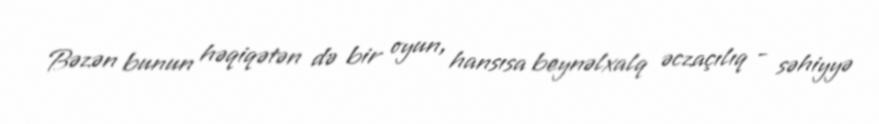
Bəzən bunun həqiqətən də bir oyun, hansısa beynəlxalq əczaçılıq - səhiyyə